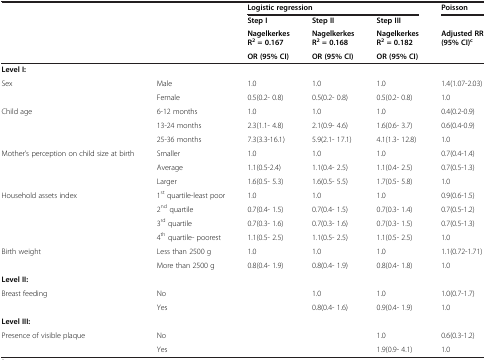
<table><thead><tr><td><b> </b></td><td><b> </b></td><td colspan="3"><b>Logistic regression</b></td><td><b>Poisson</b></td></tr><tr><td><b> </b></td><td><b> </b></td><td><b>Step I</b></td><td><b>Step II</b></td><td><b>Step III</b></td><td><b> </b></td></tr><tr><td><b> </b></td><td><b> </b></td><td><b>Nagelkerkes R<sup>2 </sup>= 0.167</b></td><td><b>Nagelkerkes R<sup>2 </sup>= 0.168</b></td><td><b>Nagelkerkes R<sup>2 </sup>= 0.182</b></td><td><b>Adjusted RR (95% CI)<sup>c</sup></b></td></tr><tr><td><b> </b></td><td><b> </b></td><td><b>OR (95% CI)</b></td><td><b>OR (95% CI)</b></td><td><b>OR (95% CI)</b></td><td><b> </b></td></tr></thead><tbody><tr><td><b>Level I:</b></td><td> </td><td> </td><td> </td><td> </td><td> </td></tr><tr><td rowspan="2">Sex</td><td>Male</td><td>1.0</td><td>1.0</td><td>1.0</td><td>1.4(1.07-2.03)</td></tr><tr><td>Female</td><td>0.5(0.2- 0.8)</td><td>0.5(0.2- 0.8)</td><td>0.5(0.2- 0.8)</td><td>1.0</td></tr><tr><td rowspan="3">Child age</td><td>6-12 months</td><td>1.0</td><td>1.0</td><td>1.0</td><td>0.4(0.2-0.9)</td></tr><tr><td>13-24 months</td><td>2.3(1.1- 4.8)</td><td>2.1(0.9- 4.6)</td><td>1.6(0.6- 3.7)</td><td>0.6(0.4-0.9)</td></tr><tr><td>25-36 months</td><td>7.3(3.3-16.1)</td><td>5.9(2.1- 17.1)</td><td>4.1(1.3- 12.8)</td><td>1.0</td></tr><tr><td rowspan="3">Mother’s perception on child size at birth</td><td>Smaller</td><td>1.0</td><td>1.0</td><td>1.0</td><td>0.7(0.4-1.4)</td></tr><tr><td>Average</td><td>1.1(0.5-2.4)</td><td>1.1(0.4- 2.5)</td><td>1.1(0.4- 2.5)</td><td>0.7(0.5-1.3)</td></tr><tr><td>Larger</td><td>1.6(0.5- 5.3)</td><td>1.6(0.5- 5.5)</td><td>1.7(0.5- 5.8)</td><td>1.0</td></tr><tr><td rowspan="4">Household assets index</td><td>1<sup>st</sup> quartile-least poor</td><td>1.0</td><td>1.0</td><td>1.0</td><td>0.9(0.6-1.5)</td></tr><tr><td>2<sup>nd</sup> quartile</td><td>0.7(0.4- 1.5)</td><td>0.7(0.4- 1.5)</td><td>0.7(0.3- 1.4)</td><td>0.7(0.5-1.2)</td></tr><tr><td>3<sup>rd</sup> quartile</td><td>0.7(0.3- 1.6)</td><td>0.7(0.3- 1.6)</td><td>0.7(0.3- 1.5)</td><td>0.7(0.5-1.3)</td></tr><tr><td>4<sup>th</sup> quartile- poorest</td><td>1.1(0.5- 2.5)</td><td>1.1(0.5- 2.5)</td><td>1.1(0.5- 2.5)</td><td>1.0</td></tr><tr><td>Birth weight</td><td>Less than 2500 g</td><td>1.0</td><td>1.0</td><td>1.0</td><td>1.1(0.72-1.71)</td></tr><tr><td> </td><td>More than 2500 g</td><td>0.8(0.4- 1.9)</td><td>0.8(0.4- 1.9)</td><td>0.8(0.4- 1.8)</td><td>1.0</td></tr><tr><td><b>Level II:</b></td><td> </td><td> </td><td> </td><td> </td><td> </td></tr><tr><td rowspan="2">Breast feeding</td><td>No</td><td> </td><td>1.0</td><td>1.0</td><td>1.0(0.7-1.7)</td></tr><tr><td>Yes</td><td> </td><td>0.8(0.4- 1.6)</td><td>0.9(0.4- 1.9)</td><td>1.0</td></tr><tr><td><b>Level III:</b></td><td> </td><td> </td><td> </td><td> </td><td> </td></tr><tr><td rowspan="2">Presence of visible plaque</td><td>No</td><td> </td><td> </td><td>1.0</td><td>0.6(0.3-1.2)</td></tr><tr><td>Yes</td><td> </td><td> </td><td>1.9(0.9- 4.1)</td><td>1.0</td></tr></tbody></table>